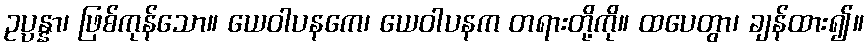
ဥပ္ပန္နာ၊ ဖြစ်ကုန်သော။ ယေဝါပနကေ၊ ယေဝါပနက တရားတို့ကို။ ထပေတွာ၊ ချန်ထား၍။